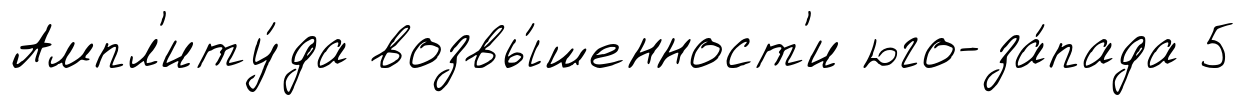
Ампл'иту́да возвы́шенност'и юго-за́пада 5